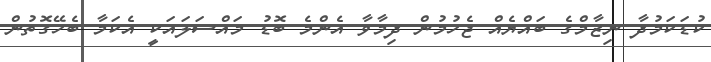
ކުޑަކަމުދާ ނިޒާމްގެ ބައްޔެއް ޖެހުމުން ދިމާވާ އެންމެ ބޮޑު މައްސަލައަކީ އެކަމާ ބެހޭގޮތުން